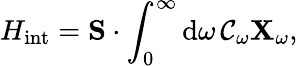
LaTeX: H_{\mathrm{int}}=\mathbf{S}\cdot\int_{0}^{\infty}\mathrm{d}\omega\, \mathcal{C}_{\omega}\mathbf{X}_{\omega},